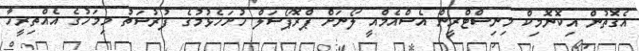
އެގޮތުން އިކޮނޮމިކް މިނިސްޓްރީން އެސްއެމްއީ ލޯނަށް ޕްރޮޕޯސަލް ހުށަހެޅުމުގެ ފުރުސަތު މިމަހުގެ އެއްތިރީހާ